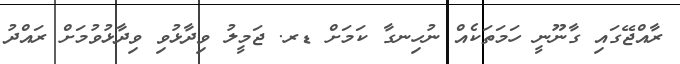
ރާއްޖޭގައި ގާނޫނީ ހަމަތަކެއް ނުހިނގާ ކަމަށް ޑރ. ޖަމީލު ވިދާޅުވި ވިދާޅުވުމަށް ރައްދު